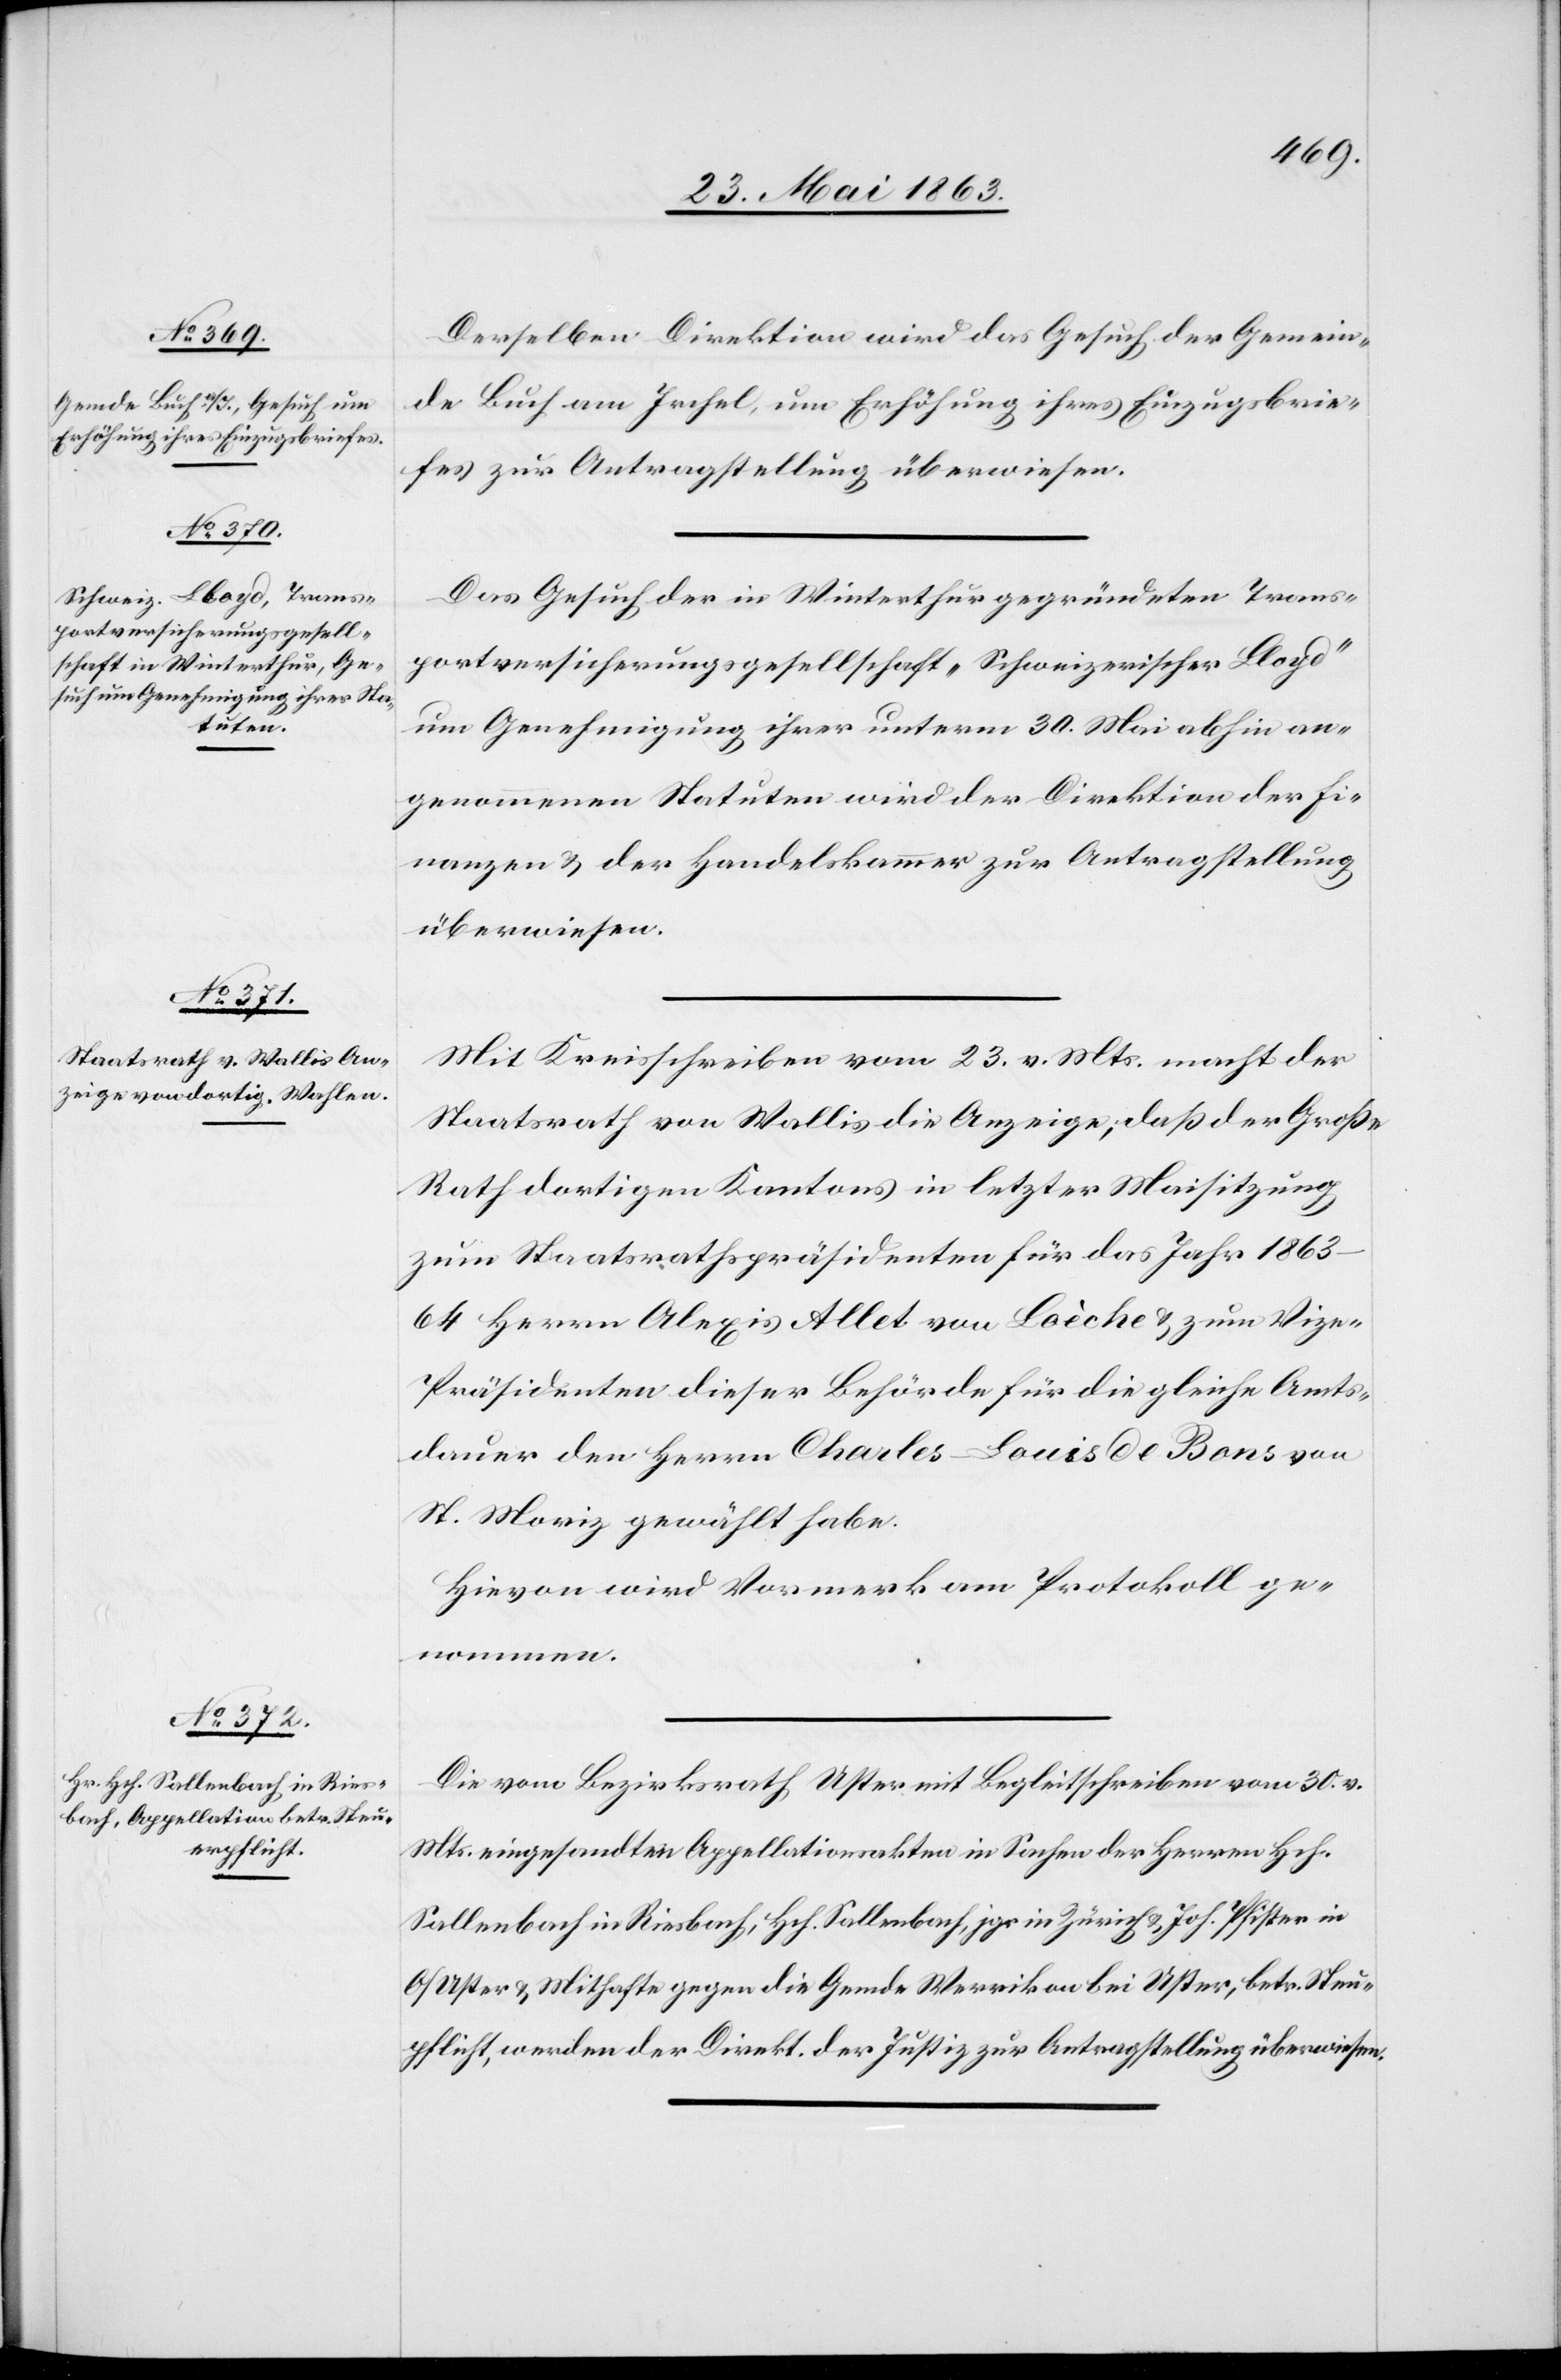
Actum den

3. Juni 1863.]
Derselben Direktion wird das Gesuch der Gemein¬
de Buch am Irchel, um Erhöhung ihres Einzugsbrie¬
fes zur Antragstellung überwiesen.
Das Gesuch der in Winterthur gegründeten Trans¬
portversicherungsgesellschaft „Schweizerischer Lloyd“
um Genehmigung ihrer unterm 30. Mai abhin an¬
genommenen Statuten wird der Direktion der Fi¬
nanzen & der Handelskammer zur Antragstellung
überwiesen.
Mit Kreisschreiben vom 23. v. Mts. macht der
Staatsrath von Wallis die Anzeige, daß der Große
Rath dortigen Kantons in letzter Maisitzung
zum Staatsrathspräsidenten für das Jahr 1863–64
Herrn Alexis Allet von Loèche & zum Viz¬
e-Präsidenten dieser Behörde für die gleiche Amts¬
dauer den Herrn Charles-Louis de Bons von
St. Moriz gewählt habe.
Hievon wird Vormerk am Protokoll ge¬
nommen.
Die vom Bezirksrath Uster mit Begleitschreiben vom 30. v.
Mts. eingesandten Appellationsakten in Sachen der Herren Hch.
Sallenbach in Riesbach, Hch. Sallenbach, jgs in Zürich & Joh. Pfister in
O/Uster & Mithafte gegen die Gemde Werrikon bei Uster, betr. Steu[e¬
r]pflicht, werden der Direkt. der Justiz zur Antragstellung überwiesen.